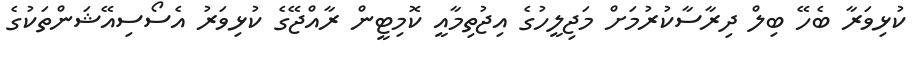
ކުޅިވަރާ ބެހޭ ބިލް ދިރާސާކުރުމަށް މަޖިލީހުގެ އިޖުތިމާއީ ކޮމިޓީން ރާއްޖޭގެ ކުޅިވަރު އެސޯސިއޭޝަންތަކުގެ